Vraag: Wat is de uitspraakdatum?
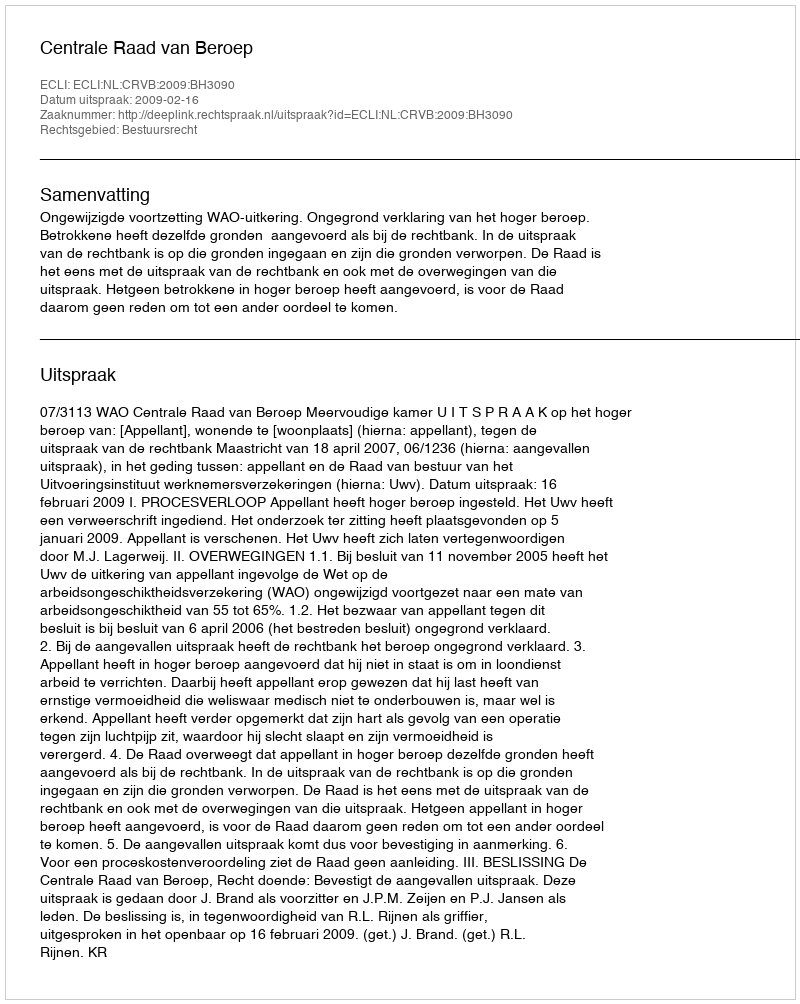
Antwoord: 2009-02-16